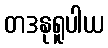
တဒနုရူပါယ